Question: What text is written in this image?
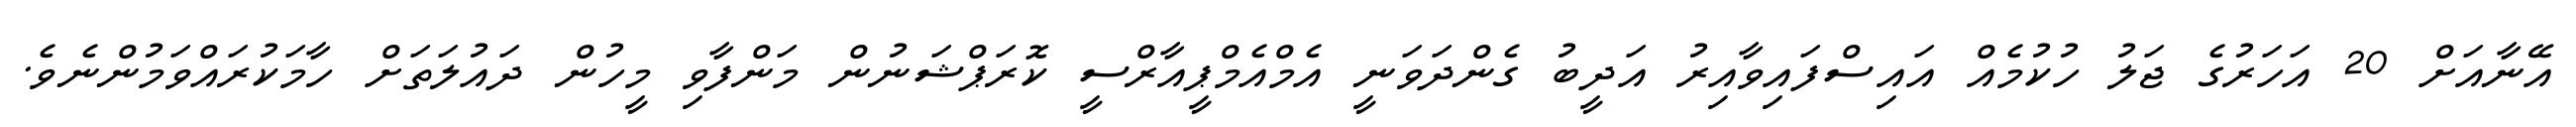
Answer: އޭނާއަށް 20 އަހަރުގެ ޖަލު ހުކުމެއް އައިސްފައިވާއިރު އަދީބު ގެންދަވަނީ އެމްއެމްޕީއާރްސީ ކޮރަޕްޝަނުން މަންފާވި މީހުން ދައުލަތަށް ހާމަކުރައްވަމުންނެވެ.